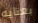
بعنايه